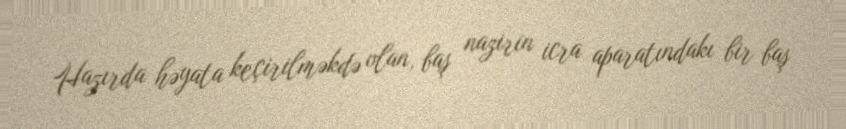
Hazırda həyata keçirilməkdə olan, baş nazirin icra aparatındakı bir baş